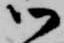
御